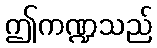
ဤကဏ္ဍသည်